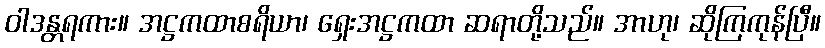
ဝါဒန္တရကား။ အဋ္ဌကထာစရိယာ၊ ရှေးအဋ္ဌကထာ ဆရာတို့သည်။ အာဟု၊ ဆိုကြကုန်ပြီ။